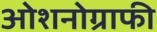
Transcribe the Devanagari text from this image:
ओशनोग्राफी